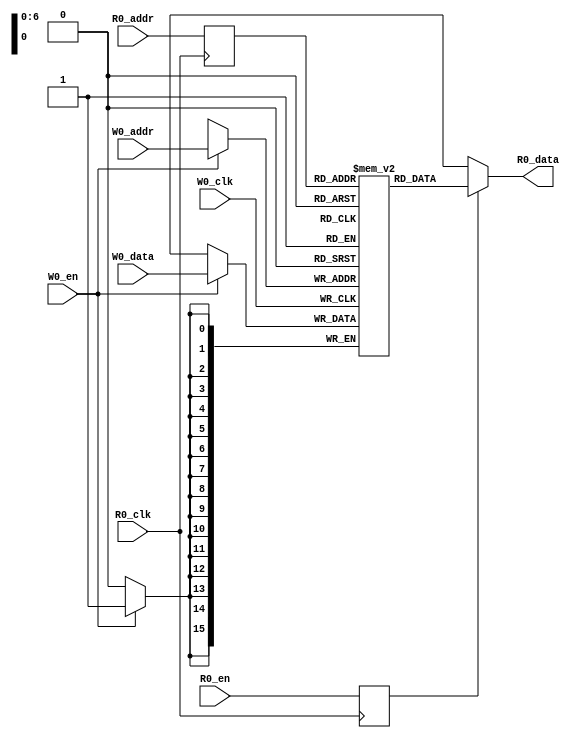
// Generated by CIRCT firtool-1.49.0
// VCS coverage exclude_file
module mem_128x16(
  input  [6:0]  R0_addr,
  input         R0_en,
                R0_clk,
  input  [6:0]  W0_addr,
  input         W0_en,
                W0_clk,
  input  [15:0] W0_data,
  output [15:0] R0_data
);

  reg [15:0] Memory[0:127];
  reg        _R0_en_d0;
  reg [6:0]  _R0_addr_d0;
  always @(posedge R0_clk) begin
    _R0_en_d0 <= R0_en;
    _R0_addr_d0 <= R0_addr;
  end // always @(posedge)
  always @(posedge W0_clk) begin
    if (W0_en)
      Memory[W0_addr] <= W0_data;
  end // always @(posedge)
  assign R0_data = _R0_en_d0 ? Memory[_R0_addr_d0] : 16'bx;
endmodule

module ReadWriteSmem(
  input         clock,
                reset,
                io_enable,
                io_write,
  input  [9:0]  io_addr,
  input  [15:0] io_dataIn,
  output [15:0] io_dataOut
);

  mem_128x16 mem_ext (
    .R0_addr (io_addr[6:0]),
    .R0_en   (io_enable),
    .R0_clk  (clock),
    .W0_addr (io_addr[6:0]),
    .W0_en   (1'h1),
    .W0_clk  (clock),
    .W0_data (io_dataIn),
    .R0_data (io_dataOut)
  );
endmodule